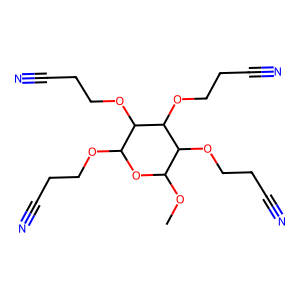
SMILES: COC1OC(OCCC#N)C(OCCC#N)C(OCCC#N)C1OCCC#N
Inhibits HIV replication: No